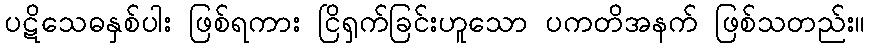
ပဋိသေဓနှစ်ပါး ဖြစ်ရကား ငြိရှက်ခြင်းဟူသော ပကတိအနက် ဖြစ်သတည်း။